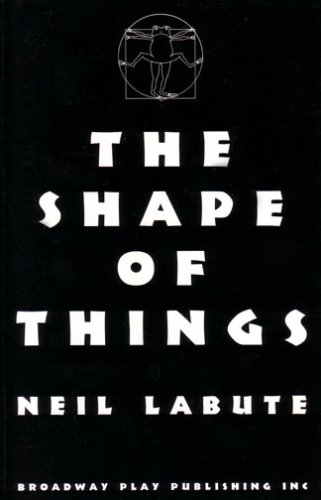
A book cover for The Shape Of Things; Neil Labute; Humor & Entertainment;